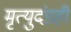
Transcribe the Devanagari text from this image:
मृत्युदंडही